Lunatic asylums in Bengal annual reports 1899-1911 - 1899-1911
Year: 1899
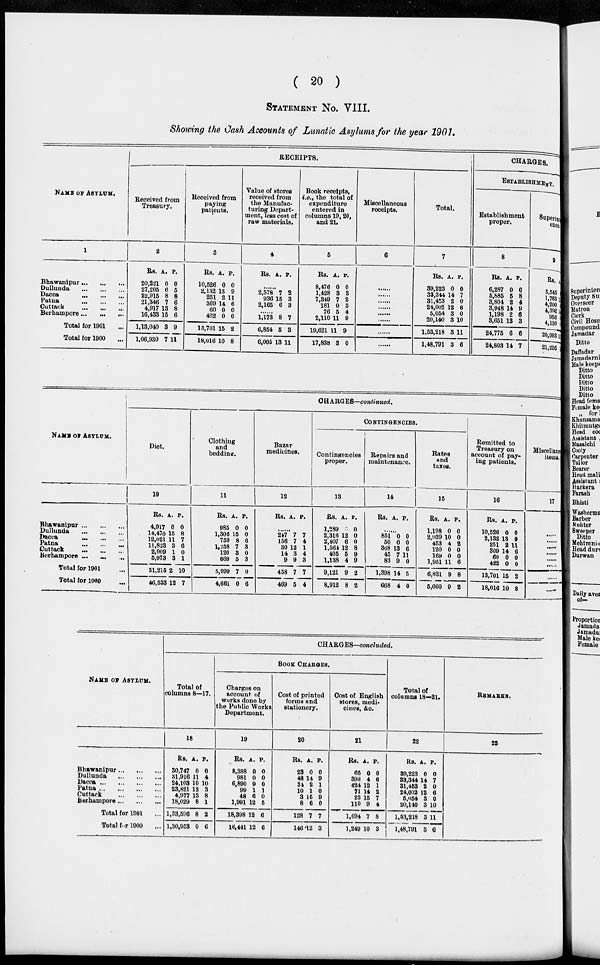
( 20 )
STATEMENT NO. VIII.
Showing the Cash Accounts of Lunatic Asylums for the year 1901.
NAME OF ASYLUM.
1
Bhawanipur
...
...
...
Dullunda
...
...
...
Dacca
...
...
...
Patna
...
...
...
Outtack
...
...
...
Berhampore
...
...
...
Total for 1901 ...
Total for 1900 ...
RECEIPTS.
Received from
Treasury.
2
Rs.
20,221
27,205
22,915
21,346
4,917
16,433
1,13,040
1,06,930
A.
0
6
8
7
13
15
3
7
P.
0
5
8
6
8
6
9
11
Received from
paying
patients.
3
Rs.
10,526
2,132
251
309
60
422
13,701
18,016
A.
0
13
2
14
0
0
15
10
P.
0
9
11
6
0
0
2
8
Value of stores
received from
the Manufac-
turing Depart-
ment, less cost of
raw materials.
4
Rs. A. P.
2,578
936
2,165
7
15
6
2
3
3
... ...
1,173
6,854
6,005
8
5
13
7
3
11
Book receipts,
i.e., the total of
expenditure
entered in
columns 19, 20,
and 21.
5
Rs.
8,476
1,428
7,349
181
76
2,110
19,621
17,838
A.
0
3
7
0
5
11
11
3
P.
0
3
2
3
4
9
9
0
Miscellaneous
receipts.
6
... ...
... ...
... ...
... ...
... ...
... ...
... ...
... ...
... ...
Total.
7
Rs.
39,223
33,344
31,453
24,002
5,054
20,140
1,53,218
1,48,791
A.
0
14
2
12
3
3
3
3
P.
0
7
0
6
0
10
11
6
CHARGES.
ESTABLISHMENT.
Establishment
proper.
8
Rs.
6,287
5,885
3,804
3,948
1,198
3,651
24,775
24,803
A.
0
5
2
14
2
13
6
14
P.
0
8
4
9
6
3
6
7
Superin
encr
9
Rs.
6,545
1,765
4,200
4,396
958
4,130
20,993
21,226
NAME OF ASYLUM.
Bhawanipur
...
...
...
Dullunda ... ... ...
Dacca
...
...
...
Patna ... ... ...
Cuttack
...
...
...
Berhampore ... ... ...
Total for 1901 ...
Total for 1900 ...
CHARGES—continued.
Diet.
10
Rs.
4,917
14,470
12,021
11,823
2,009
5,973
61,215
46,533
A.
0
15
11
3
1
3
2
12
P.
0
8
7
6
0
1
10
7
Cloting
and
bedding.
11
Rs.
985
1,306
769
1,258
120
669
5,099
4,661
A.
0
15
8
7
3
6
7
0
P.
0
0
6
3
0
3
0
6
Bazar
medicines.
12
Rs. A. P.
... ...
247
158
30
14
9
458
469
7
7
12
3
9
7
5
7
4
1
4
3
7
4
CONTINGENCIES.
Contingencies
proper.
13
Rs.
1,289
2,316
2,407
1,561
405
1,138
9,121
8,912
A.
..
12
6
12
5
4
9
8
P.
0
0
0
8
9
9
2
2
Repairs and
maintenance.
14
Rs. A. P.
... ...
851
50
368
45
83
1,398
668
0
0
13
7
9
14
4
0
0
6
11
0
5
0
Rates
and
taxes.
15
Rs.
1,198
2,839
453
120
169
1,951
6,831
5,660
A.
0
10
4
0
0
11
9
9
P.
0
0
2
0
0
6
8
2
Remitted to
Treasury on
account of pay-
ing patients.
16
Rs.
10,526
2,132
251
309
60
422
13,701
18,016
A.
0
13
2
14
0
0
15
10
P.
0
9
11
6
0
0
2
8
Miscellane
items.
17
... ...
... ...
... ...
... ...
... ...
... ...
... ...
... ...
... ...
NAME OF ASYLUM.
Bhawanipur
...
...
...
Dullunda
...
...
...
Dacca
...
...
...
Patna
...
...
...
Cuttack
...
...
...
Berhampore
...
...
...
Total for 1901
Total for 1900
CHARGES—concluded.
Total of
columns 8—17.
18
Rs.
30,747
81,916
24.103
23,821
4,977
18,029
1,33,596
1,30,953
A.
0
11
10
12
13
8
8
0
P.
0
4
10
3
8
1
2
6
BOOK CHARGES.
Charges on
account of
works done by
the Public Works
Department.
19
Rs.
8,338
981
6,890
99
48
1,991
18,398
16,441
A.
0
0
9
1
6
12
12
12
P.
0
0
0
1
0
5
6
6
Cost of printed
forms and
stationery.
20
Rs.
23
48
34
10
3
8
128
146
A.
0
14
2
1
15
6
7
12
P.
0
9
1
0
9
0
7
3
Cost of English
stores, medicines, &c.
21
Rs.
65
398
424
71
23
110
1,094
1,249
A.
0
4
12
14
15
9
7
10
P.
0
6
1
2
7
4
8
3
Total
of
columns 18—21.
22
Rs.
89,223
33,344
31,463
24,002
5,054
20,140
1,53,218
1,48,791
A.
0
14
2
12
3
3
3
3
P.
0
7
0
6
0
10
11
6
REMARKES.
23